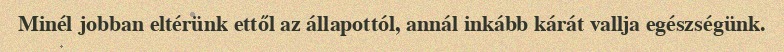
Minél jobban eltérünk ettől az állapottól, annál inkább kárát vallja egészségünk.